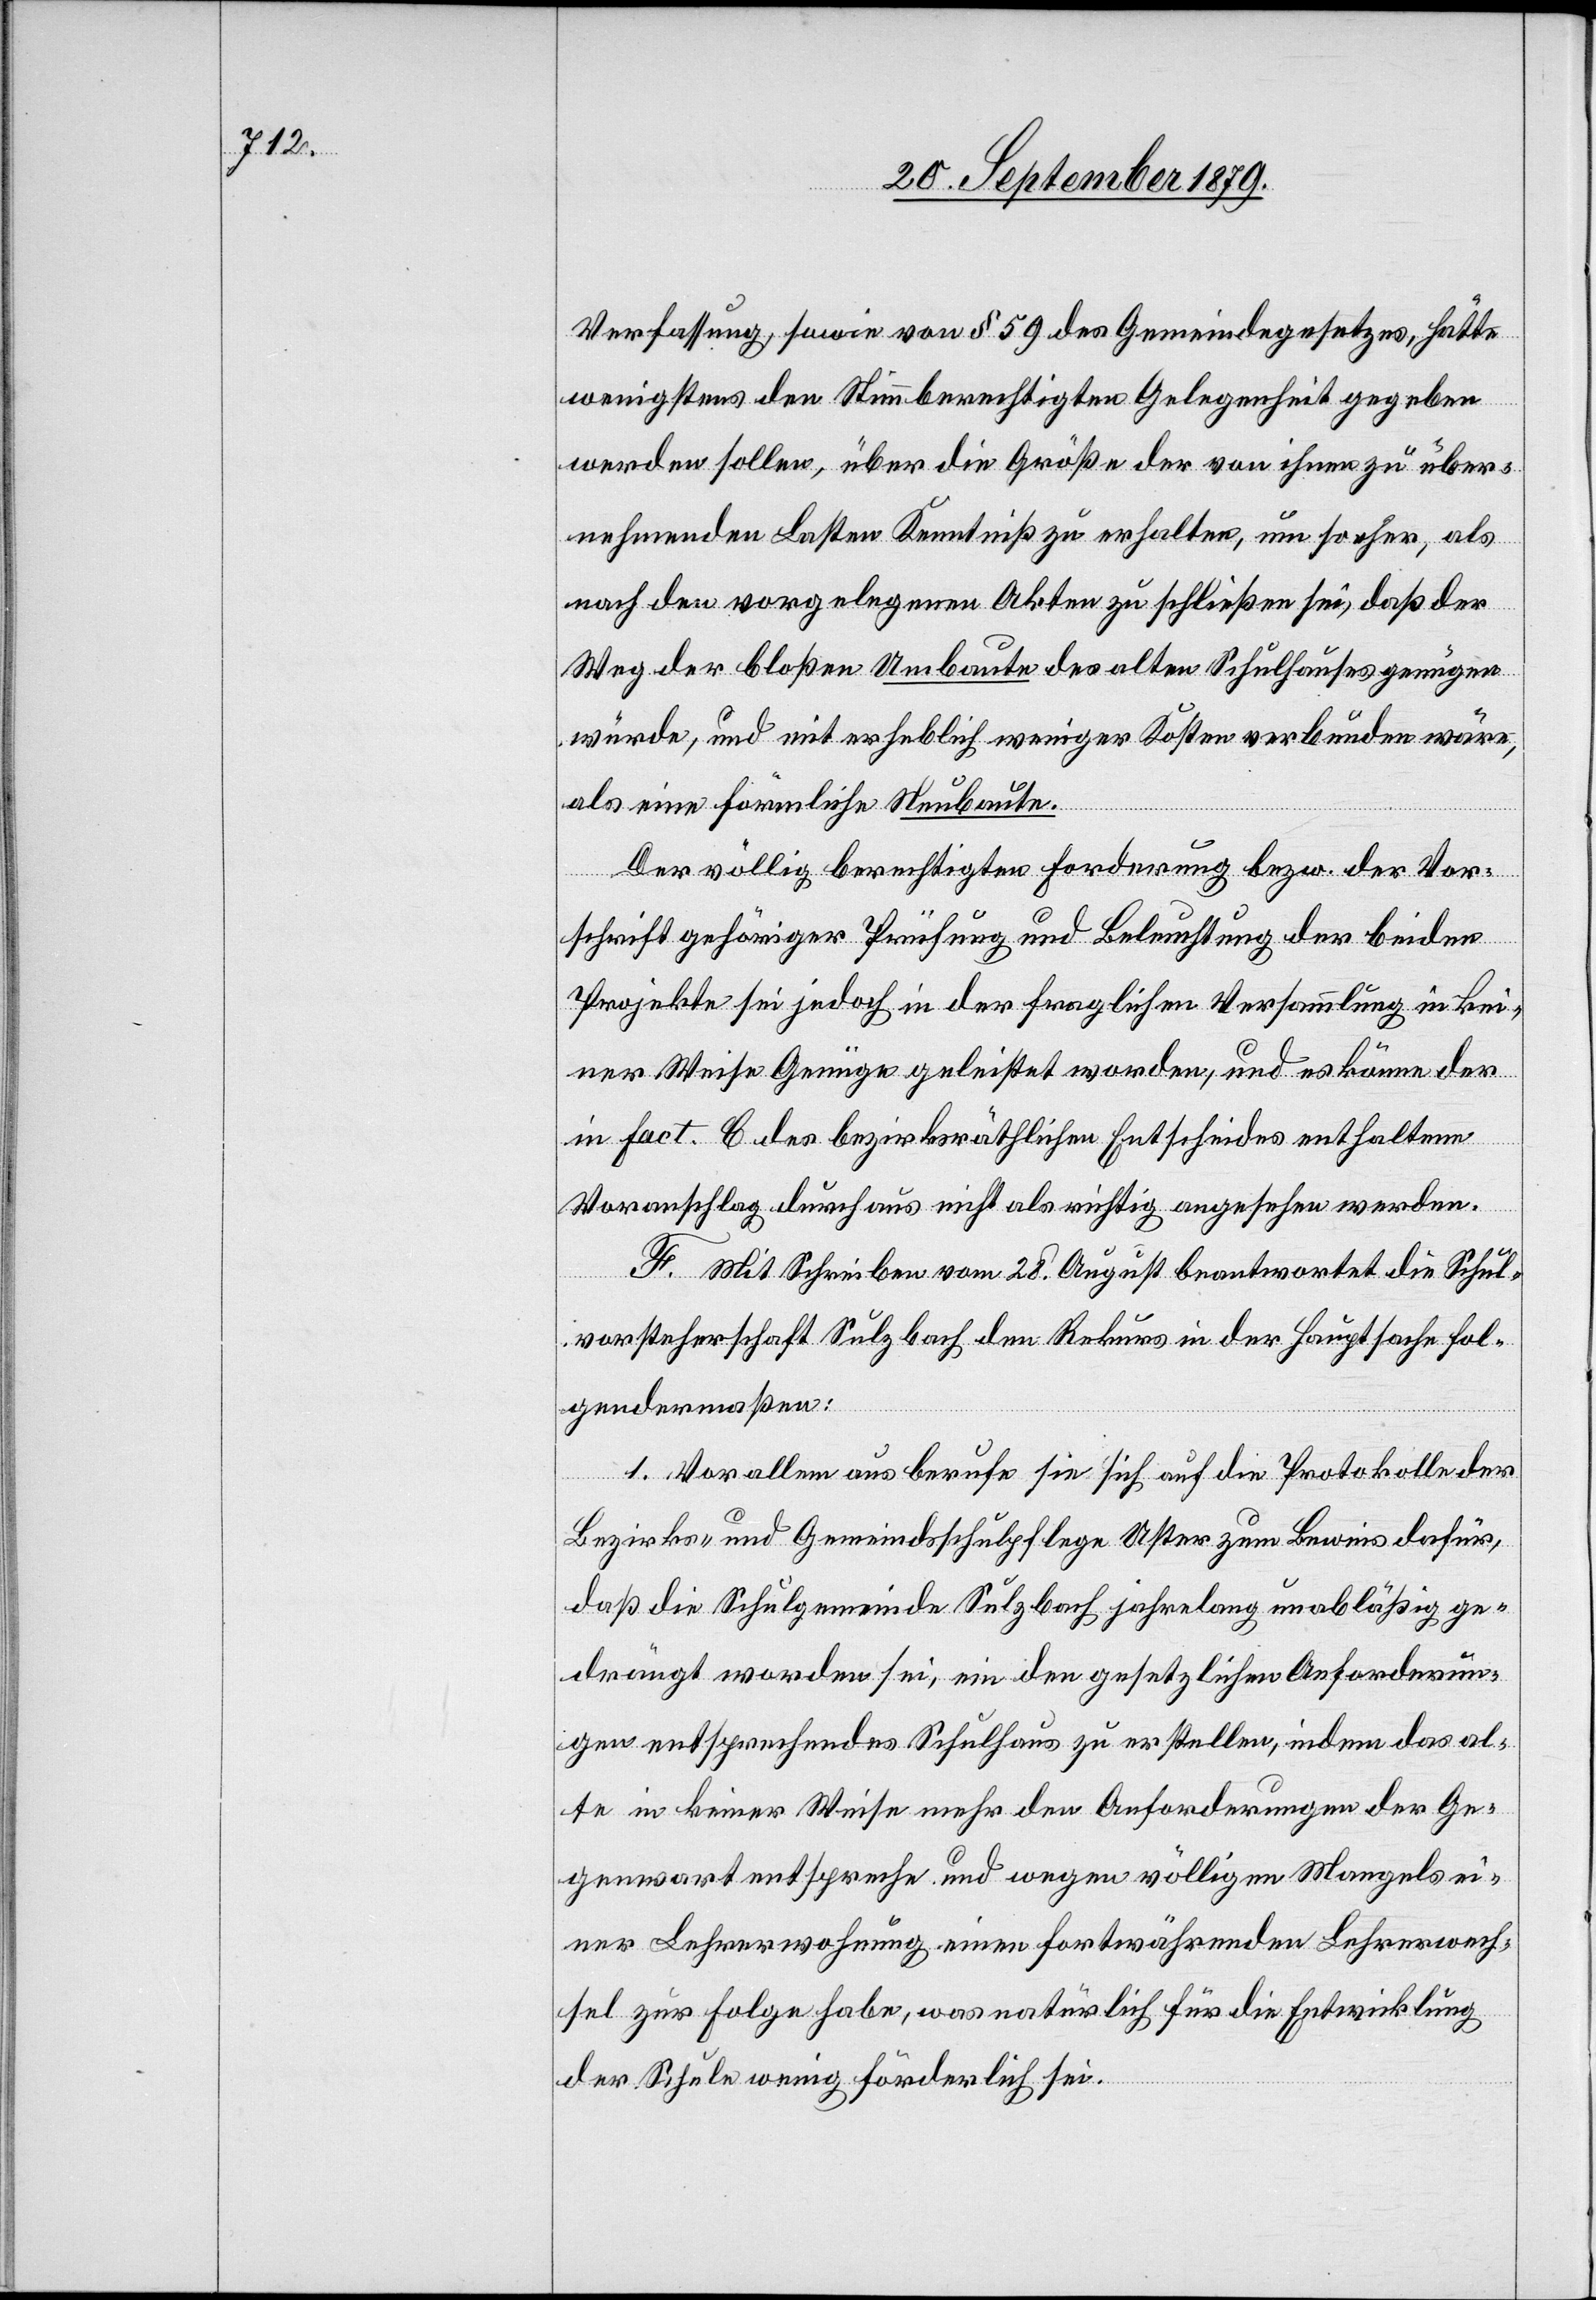
Verfassung, sowie von § 59 des Gemeindegesetzes, hätte
wenigstens den Stimmberechtigten Gelegenheit gegeben
werden sollen, über die Größe der von ihnen zu über¬
nehmenden Lasten Kenntniß zu erhalten, um so eher, als
nach den vorgelegenen Akten zu schließen sei, daß der
Weg der bloßen Umbaute des alten Schulhauses genügen
würde, und mit erheblich weniger Kosten verbunden wäre,
als eine förmliche Neubaute.
Der völlig berechtigten Forderung bezw. der Vor¬
schrift gehöriger Prüfung und Beleuchtung der beiden
Projekte sei jedoch in der fraglichen Versammlung in kei¬
ner Weise Genüge geleistet worden, und es könne der
in Fact. C des bezirksräthlichen Entscheides enthaltene
Voranschlag durchaus nicht als richtig angesehen werden.
F. Mit Schreiben vom 28. August beantwortet die Schul¬
vorsteherschaft Sulzbach dem Rekurs in der Hauptsache fol¬
gendermaßen:
1. Vor allem aus berufe sie sich auf die Protokolle der
Bezirks- und Gemeindschulpflege Uster zum Beweis dafür,
daß die Schulgemeinde Sulzbach jahrelang unabläßig ge¬
drängt worden sei, ein den gesetzlichen Anforderun¬
gen entsprechendes Schulhaus zu erstellen, indem das al¬
te in keiner Weise mehr den Anforderungen der Ge¬
genwart entspreche und wegen völligen Mangels ei¬
ner Lehrerwohnung einen fortwährenden Lehrerwech¬
sel zur Folge habe, was natürlich für die Entwicklung
der Schule wenig förderlich sei.